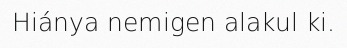
Hiánya nemigen alakul ki.